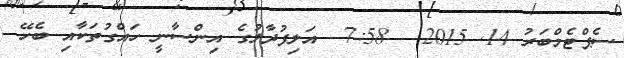
ސެޕްޓެމްބަރު 14